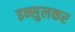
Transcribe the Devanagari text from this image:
इन्सुलकर